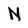
Character: n